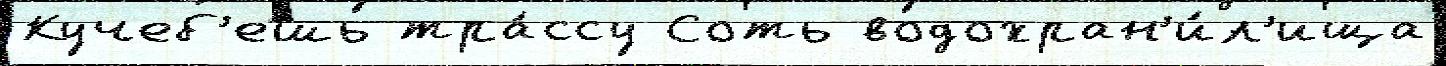
Кучеб'ешь тра́ссу Соть водохран'и́л'ища